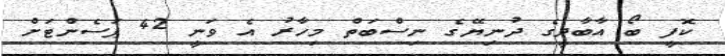
ކޮފީ ބޯ އާބާދީގެ ދުނިޔޭގެ ނިސްބަތް މިހާރު އެ ވަނީ 42 ޕަސެންޓަށް